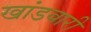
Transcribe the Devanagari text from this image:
खांडबारी